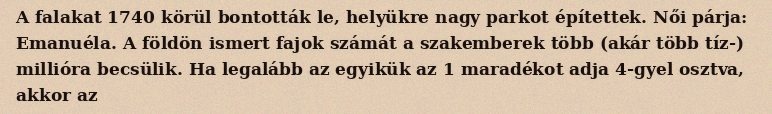
A falakat 1740 körül bontották le, helyükre nagy parkot építettek. Női párja: Emanuéla. A földön ismert fajok számát a szakemberek több (akár több tíz-) millióra becsülik. Ha legalább az egyikük az 1 maradékot adja 4-gyel osztva, akkor az